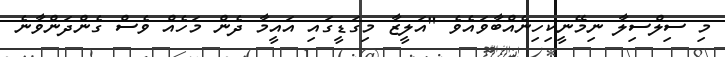
މި ސިލްސިލާ ނިމޭނީކިހިނެއްބާވައެވެ "އަލީޒާ މިގަޑީގައި އައީމާ ދެން މަހެއް ވެސް ގެންދަންވާނެ